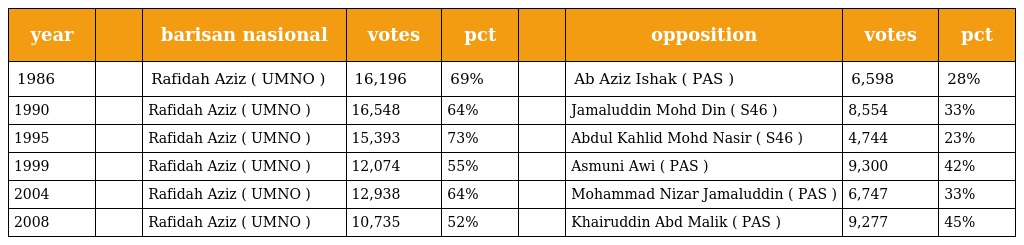
| year |  | barisan nasional | votes | pct |  | opposition | votes | pct |
 | --- | --- | --- | --- | --- | --- | --- | --- | --- |
 | 1986 |  | Rafidah Aziz ( UMNO ) | 16,196 | 69% |  | Ab Aziz Ishak ( PAS ) | 6,598 | 28% |
 | 1990 |  | Rafidah Aziz ( UMNO ) | 16,548 | 64% |  | Jamaluddin Mohd Din ( S46 ) | 8,554 | 33% |
 | 1995 |  | Rafidah Aziz ( UMNO ) | 15,393 | 73% |  | Abdul Kahlid Mohd Nasir ( S46 ) | 4,744 | 23% |
 | 1999 |  | Rafidah Aziz ( UMNO ) | 12,074 | 55% |  | Asmuni Awi ( PAS ) | 9,300 | 42% |
 | 2004 |  | Rafidah Aziz ( UMNO ) | 12,938 | 64% |  | Mohammad Nizar Jamaluddin ( PAS ) | 6,747 | 33% |
 | 2008 |  | Rafidah Aziz ( UMNO ) | 10,735 | 52% |  | Khairuddin Abd Malik ( PAS ) | 9,277 | 45% |